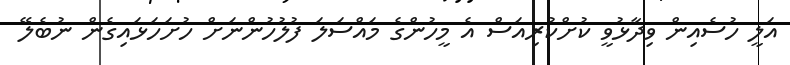
އަލީ ހުސެއިން ވިދާޅުވީ ކުށްކުރިއަސް އެ މީހުންގެ މައްސަލަ ފުލުހުންނަށް ހުށަހަޅައިގެން ނުބެލޭ